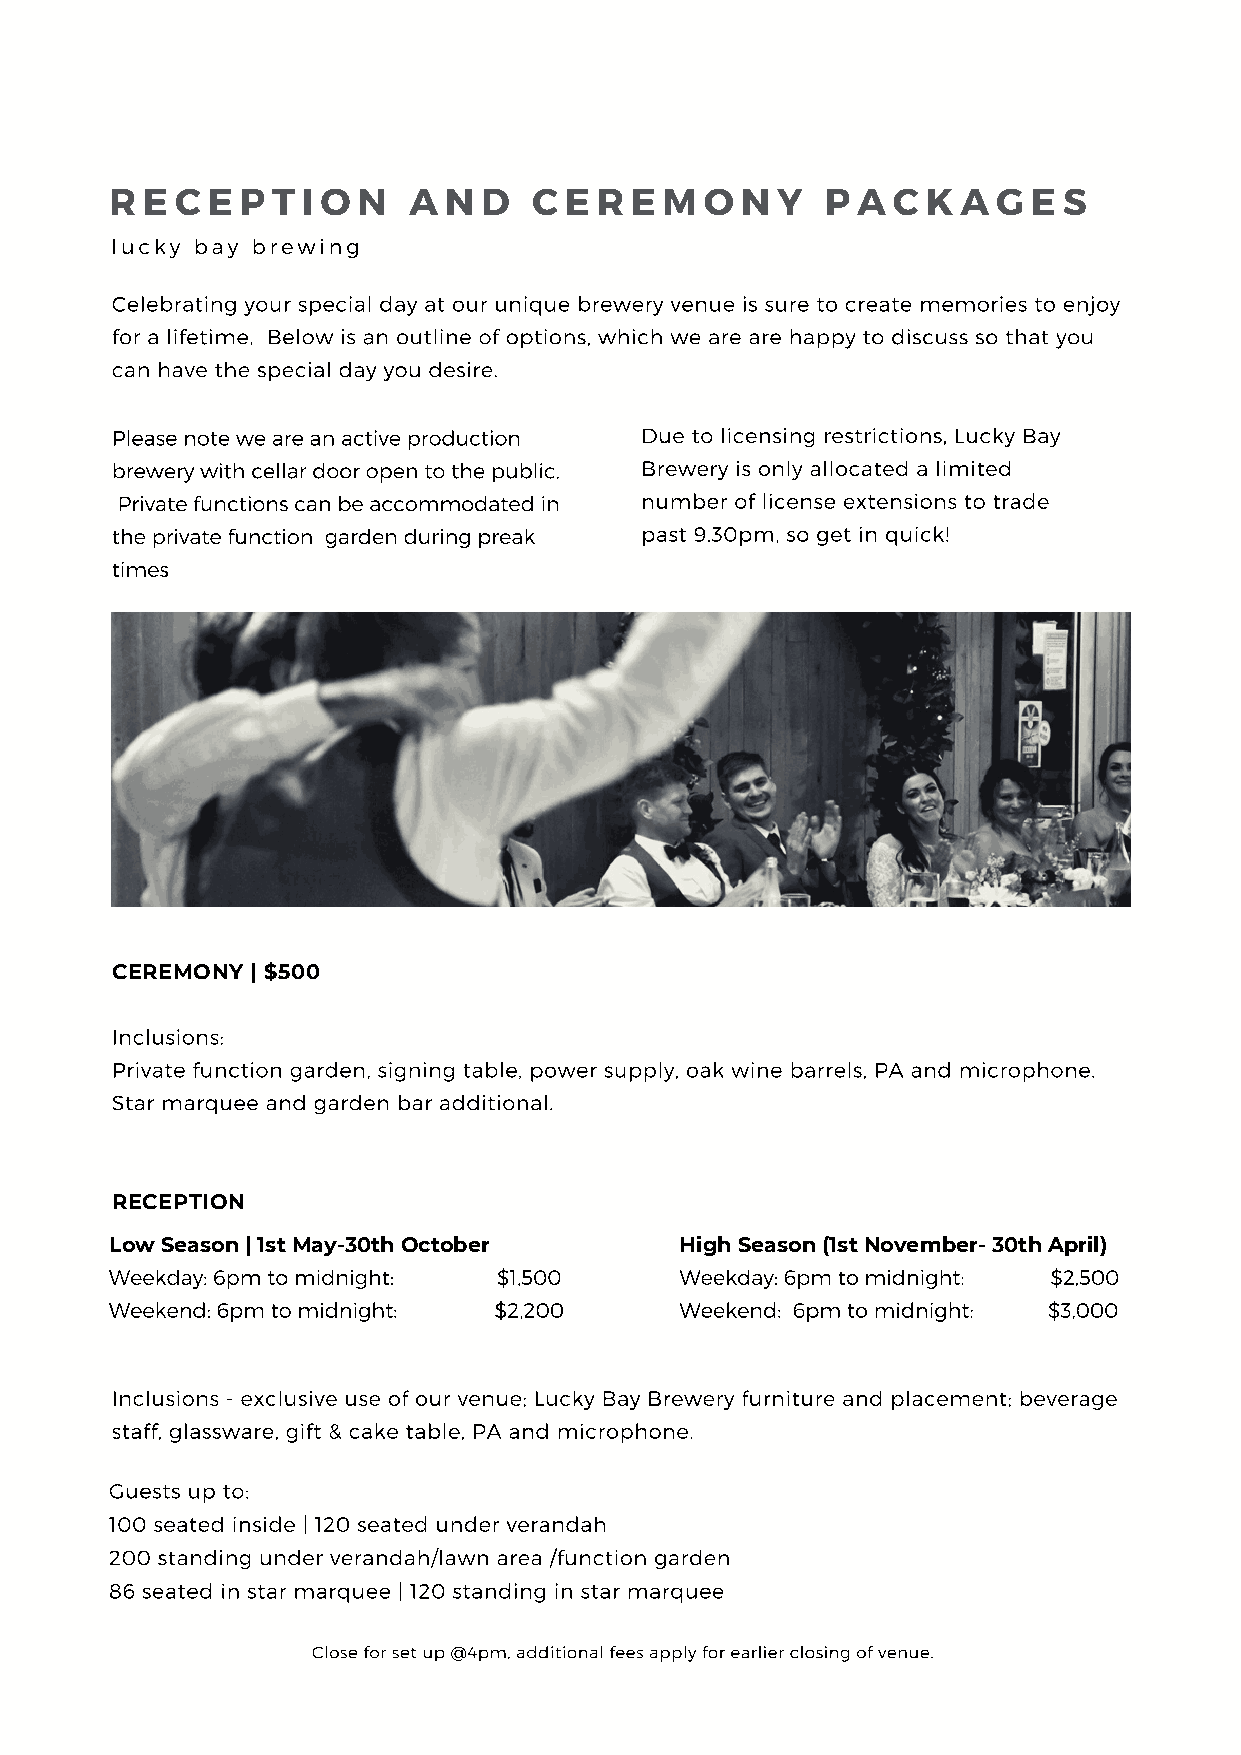
R E  C E P T I O N  A N  D  C E  R E M  O N Y   P A C K  A G E S
 lucky bay brewing
 Celebrating your special day at our unique brewery venue is sure to create memories to enjoy
 for a lifetime. Below is an outline of options, which we are are happy to discuss so that you
 can have the special day you desire.
 Please note we are an active production Due to licensing restrictions, Lucky Bay
 brewery with cellar door open to the public. Brewery is only allocated a limited
 Private functions can be accommodated in number of license extensions to trade
 the private function garden during preak past 9.30pm, so get in quick!
 times
 CEREMONY  | $500
 Inclusions:
 Private function garden, signing table, power supply, oak wine barrels, PA and microphone.
 Star marquee and garden bar additional.
 RECEPTION
 Low Season | 1st May-30th October     High Season (1st November- 30th April)
 Weekday: 6pm to midnight: $1,500      Weekday: 6pm to midnight: $2,500
 Weekend: 6pm to midnight: $2,200      Weekend: 6pm to midnight: $3,000
 Inclusions - exclusive use of our venue; Lucky Bay Brewery furniture and placement; beverage
 staff, glassware, gift & cake table, PA and microphone.
 Guests up to:
 100 seated inside | 120 seated under verandah
 200 standing under verandah/lawn area /function garden
 86 seated in star marquee | 120 standing in star marquee
 Close for set up @4pm, additional fees apply for earlier closing of venue.